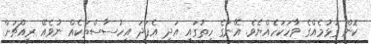
ކޮން ގުޅުމެއްގެ ވާހަކަހެއްޔެވެ. އޭނަގެ ހިތުގައި އަދި އެފަދަ އިހުސާސްތަކެއް ނުވެއޭ ރީއްޗަށް